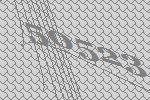
50523